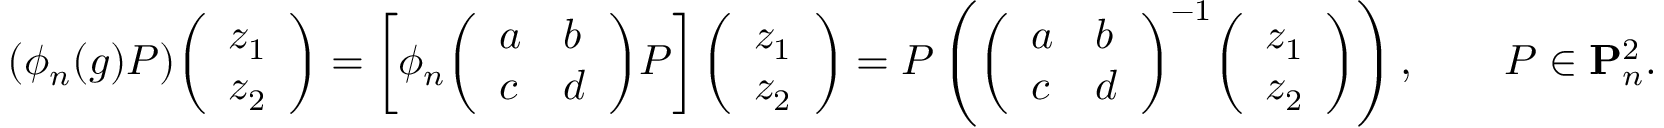
( \phi _ { n } ( g ) P ) { \left( \begin{array} { l } { z _ { 1 } } \\ { z _ { 2 } } \end{array} \right) } = \left[ \phi _ { n } { \left( \begin{array} { l l } { a } & { b } \\ { c } & { d } \end{array} \right) } P \right] { \left( \begin{array} { l } { z _ { 1 } } \\ { z _ { 2 } } \end{array} \right) } = P \left( { \left( \begin{array} { l l } { a } & { b } \\ { c } & { d } \end{array} \right) } ^ { - 1 } { \left( \begin{array} { l } { z _ { 1 } } \\ { z _ { 2 } } \end{array} \right) } \right) , \qquad P \in \mathbf { P } _ { n } ^ { 2 } .